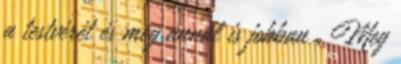
a testvérét és még annál is jobban . Meg